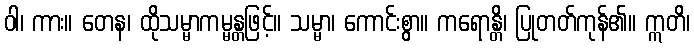
ဝါ၊ ကား။ တေန၊ ထိုသမ္မာကမ္မန္တဖြင့်။ သမ္မာ၊ ကောင်းစွာ။ ကရောန္တိ၊ ပြုတတ်ကုန်၏။ ဣတိ၊